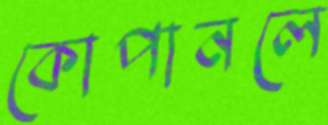
কোপানলে